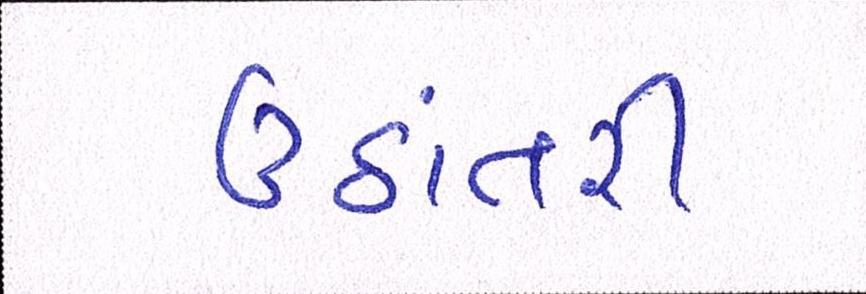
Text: ઉઠાંતરી